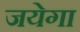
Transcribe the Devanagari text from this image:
जयेगा